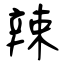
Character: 辣